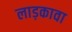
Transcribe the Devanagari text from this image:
लाड़कावा